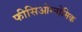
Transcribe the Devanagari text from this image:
फीसिओग्नोमिक